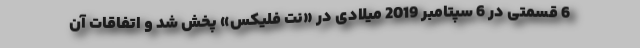
6 قسمتی در 6 سپتامبر 2019 میلادی در «نت‌ فلیکس» پخش شد و اتفاقات آن